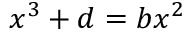
\ x ^ { 3 } + d = b x ^ { 2 }